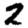
Digit: 2